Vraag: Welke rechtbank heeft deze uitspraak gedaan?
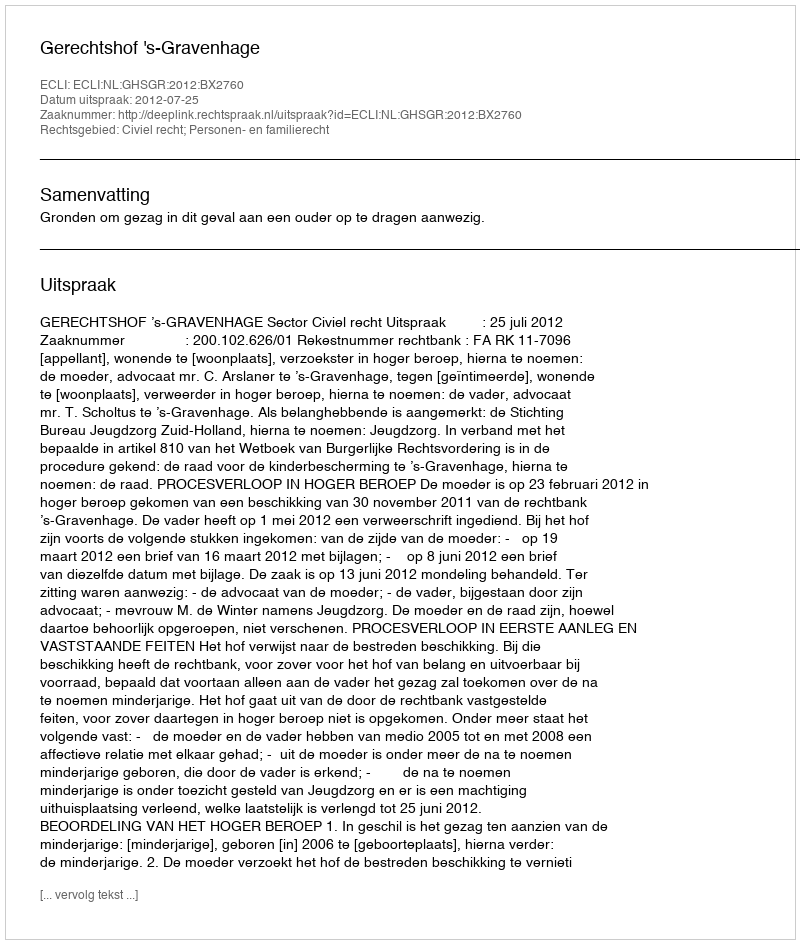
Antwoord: Gerechtshof 's-Gravenhage